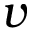
v